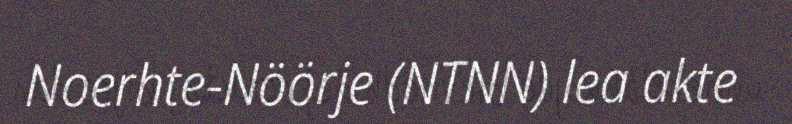
Noerhte-Nöörje (NTNN) lea akte